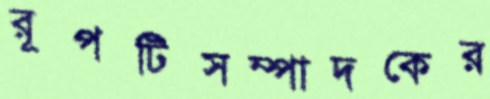
রূপটিসম্পাদকের